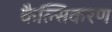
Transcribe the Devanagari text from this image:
कैल्सिकरण